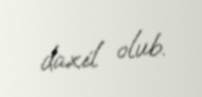
daxil olub.